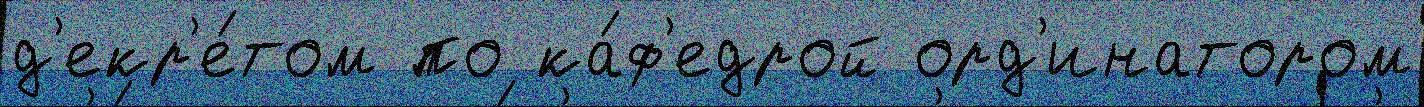
д'екр'е́том по ка́ф'едрой орд'инатором